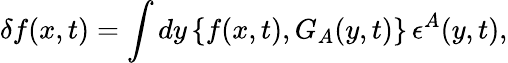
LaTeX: \delta f(x,t)=\int dy\, \{ f(x,t),G_{A}(y,t)\} \, \epsilon^{A}(y,t),